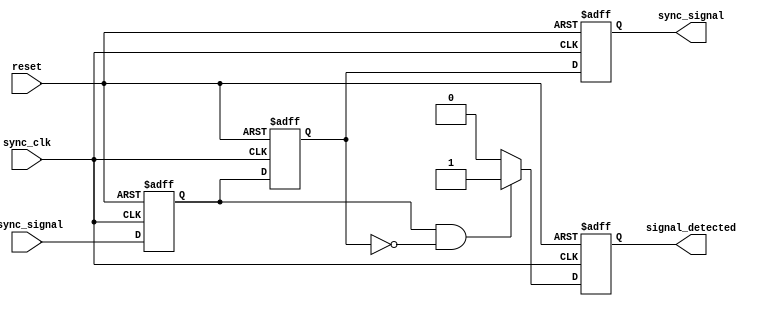
module async_to_sync_converter (
    input wire async_signal,       // Asynchronous input signal
    input wire sync_clk,           // Synchronous clock signal
    input wire reset,              // Asynchronous reset signal
    output reg sync_signal,        // Synchronized output signal
    output reg signal_detected     // Signal detection output
);
    
    // Internal signals for synchronizer
    reg async_signal_sync1;        // First stage of FF synchronizer
    reg async_signal_sync2;        // Second stage of FF synchronizer

    // Dual Flip-Flop Synchronizer
    always @(posedge sync_clk or posedge reset) begin
        if (reset) begin
            async_signal_sync1 <= 1'b0;
            async_signal_sync2 <= 1'b0;
        end else begin
            async_signal_sync1 <= async_signal;
            async_signal_sync2 <= async_signal_sync1;
        end
    end

    // Edge detection logic (detection of rising edge)
    always @(posedge sync_clk or posedge reset) begin
        if (reset) begin
            sync_signal <= 1'b0;
            signal_detected <= 1'b0;
        end else begin
            sync_signal <= async_signal_sync2;
            if (async_signal_sync1 && !async_signal_sync2) begin
                signal_detected <= 1'b1;  // Rising edge detected
            end else begin
                signal_detected <= 1'b0;  // No edge detected
            end
        end
    end

endmodule